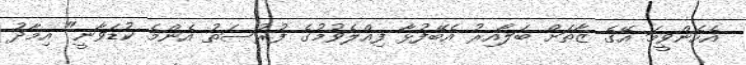
އެހެންވީމަ އޭގެ ޒާތަށް ބަލާއިރު އެބޭފުޅާ ފިއްލެވުމުގެ ފުރުސަތު އެންމެ ކުޑަވާނީ" އިމާދު